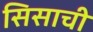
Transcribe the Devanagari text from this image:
सिसाची